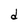
Character: d